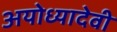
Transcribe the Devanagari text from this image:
अयोध्यादेवी